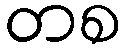
တစ